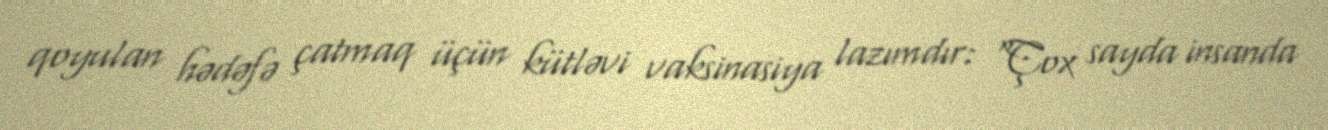
qoyulan hədəfə çatmaq üçün kütləvi vaksinasiya lazımdır: “Çox sayda insanda